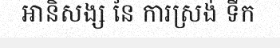
អានិសង្ស នៃ ការស្រង់ ទឹក